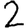
Digit: 2